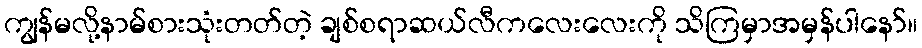
ကျွန်မလို့နာမ်စားသုံးတတ်တဲ့ ချစ်စရာဆယ်လီကလေးလေးကို သိကြမှာအမှန်ပါနော်။